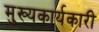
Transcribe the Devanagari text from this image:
मुख्यकार्यकारी